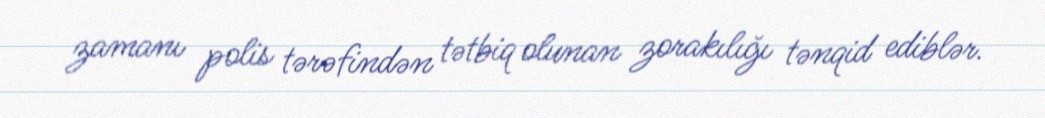
zamanı polis tərəfindən tətbiq olunan zorakılığı tənqid ediblər.